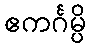
ဧကင်္ဂမ္ပိ